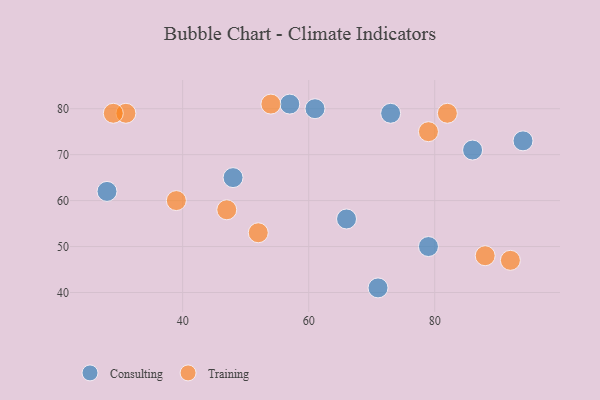
{"axis": {"x": "GDP", "y": "Life Expectancy"}, "legend": ["Consulting", "Training"], "data": [{"x": "66", "y": 56, "type": "Consulting"}, {"x": "48", "y": 65, "type": "Consulting"}, {"x": "79", "y": 50, "type": "Consulting"}, {"x": "28", "y": 62, "type": "Consulting"}, {"x": "73", "y": 79, "type": "Consulting"}, {"x": "94", "y": 73, "type": "Consulting"}, {"x": "61", "y": 80, "type": "Consulting"}, {"x": "86", "y": 71, "type": "Consulting"}, {"x": "57", "y": 81, "type": "Consulting"}, {"x": "71", "y": 41, "type": "Consulting"}, {"x": "54", "y": 81, "type": "Training"}, {"x": "52", "y": 53, "type": "Training"}, {"x": "79", "y": 75, "type": "Training"}, {"x": "31", "y": 79, "type": "Training"}, {"x": "29", "y": 79, "type": "Training"}, {"x": "88", "y": 48, "type": "Training"}, {"x": "82", "y": 79, "type": "Training"}, {"x": "92", "y": 47, "type": "Training"}, {"x": "47", "y": 58, "type": "Training"}, {"x": "39", "y": 60, "type": "Training"}]}